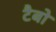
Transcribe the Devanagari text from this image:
टैबो